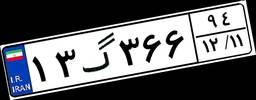
۱۳گ۳۶۶۹۴